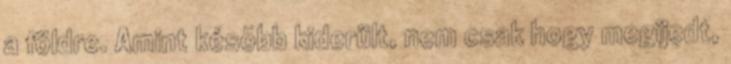
a földre. Amint késõbb kiderült, nem csak hogy megijedt,